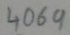
Text: 4069